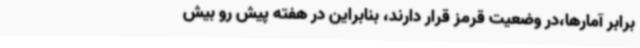
برابر آمارها،در وضعیت قرمز قرار دارند، بنابراین در هفته پیش رو بیش